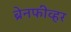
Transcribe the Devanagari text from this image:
ब्रेनफीव्हर